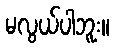
မလွယ်ပါဘူး။